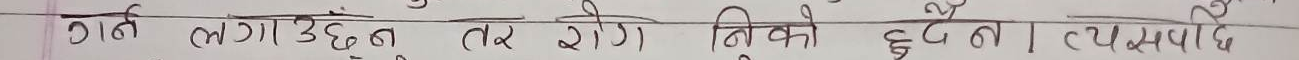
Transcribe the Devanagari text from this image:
गर्न लगाइँदैन तर रोग निको हुन्छ नै त्यसलाई